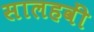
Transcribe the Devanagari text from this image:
सालहवीं